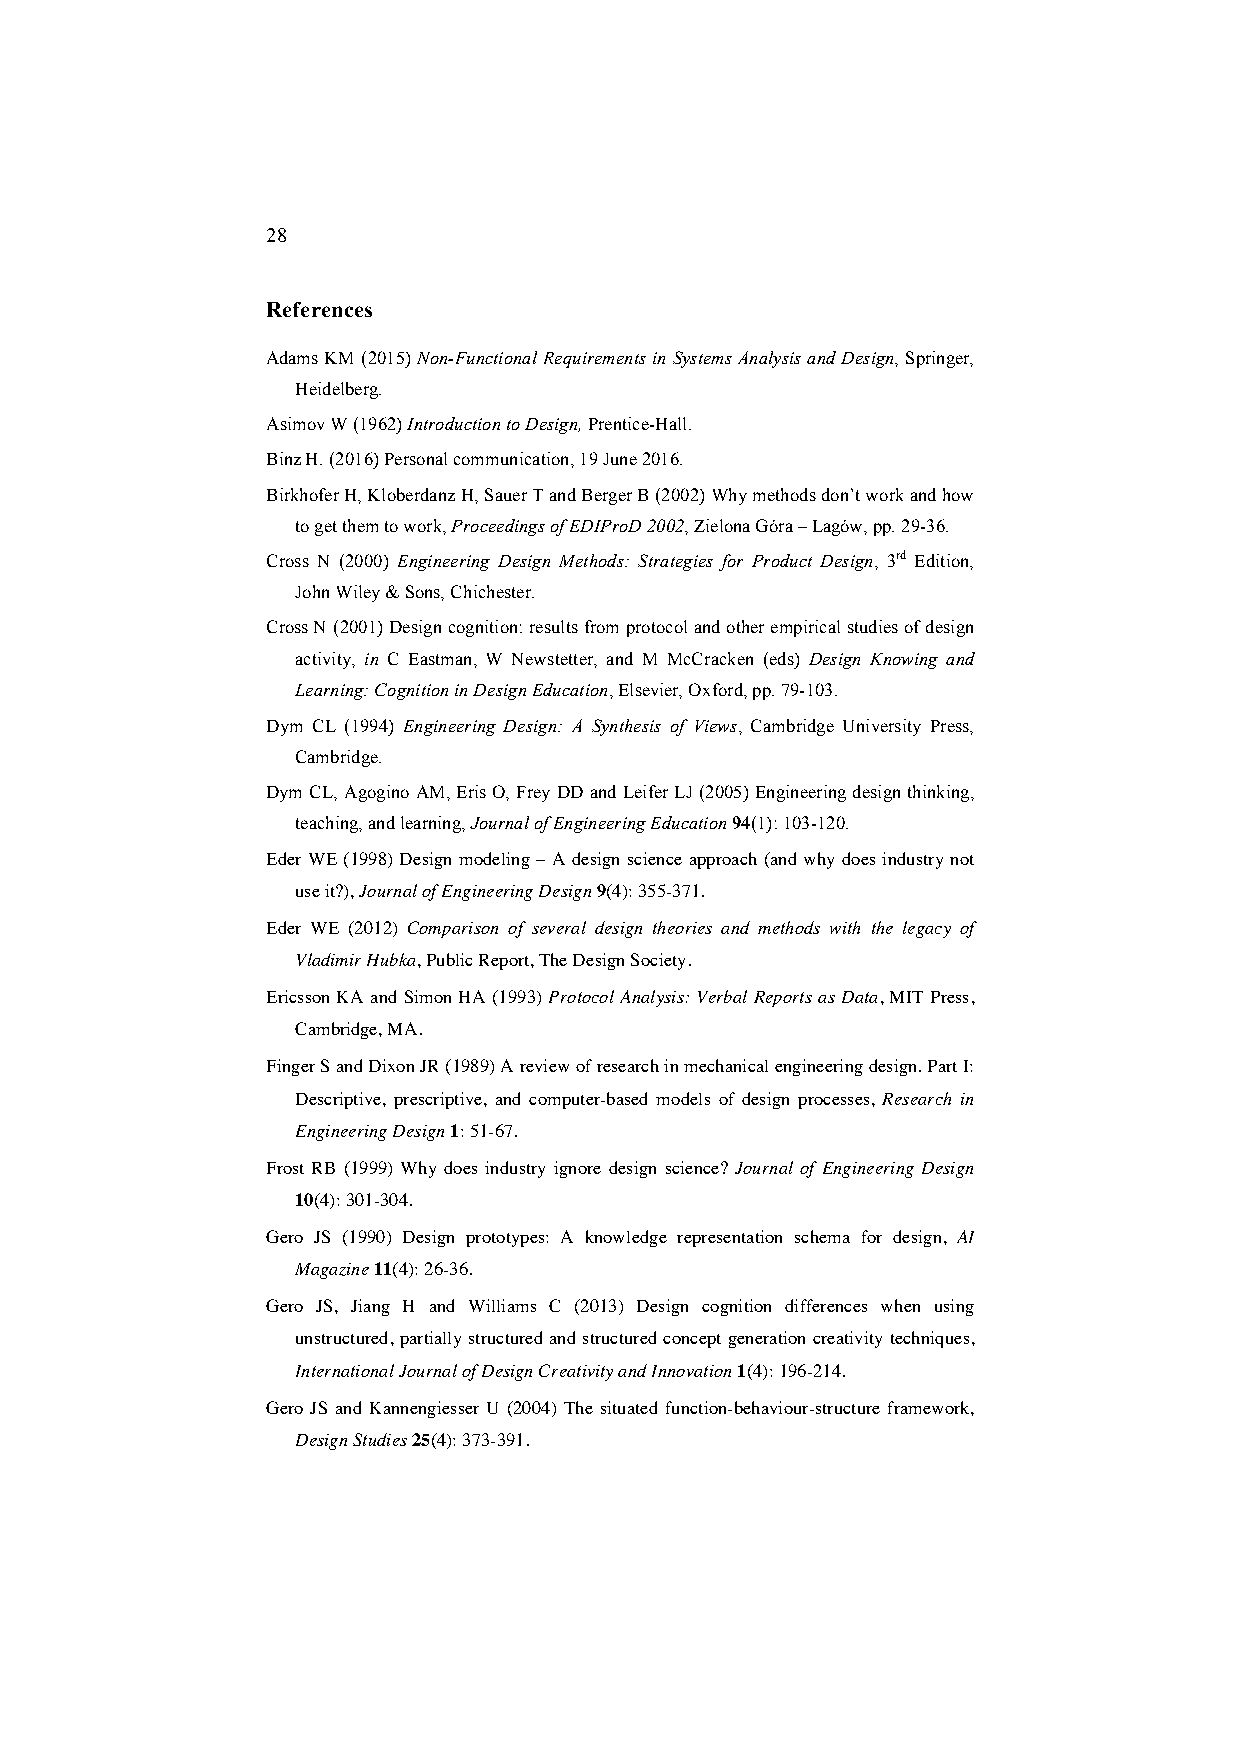
28
 References
 Adams KM (2015) Non-Functional Requirements in Systems Analysis and Design, Springer,
 Heidelberg.
 Asimov W (1962) Introduction to Design, Prentice-Hall.
 Binz H. (2016) Personal communication, 19 June 2016.
 Birkhofer H, Kloberdanz H, Sauer T and Berger B (2002) Why methods don’t work and how
 to get them to work, Proceedings of EDIProD 2002, Zielona Góra – Lagów, pp. 29-36.
 Cross N (2000) Engineering Design Methods: Strategies for Product Design, 3rd Edition,
 John Wiley & Sons, Chichester.
 Cross N (2001) Design cognition: results from protocol and other empirical studies of design
 activity, in C Eastman, W Newstetter, and M McCracken (eds) Design Knowing and
 Learning: Cognition in Design Education, Elsevier, Oxford, pp. 79-103.
 Dym CL (1994) Engineering Design: A Synthesis of Views, Cambridge University Press,
 Cambridge.
 Dym CL, Agogino AM, Eris O, Frey DD and Leifer LJ (2005) Engineering design thinking,
 teaching, and learning, Journal of Engineering Education 94(1): 103-120.
 Eder WE (1998) Design modeling – A design science approach (and why does industry not
 use it?), Journal of Engineering Design 9(4): 355-371.
 Eder WE (2012) Comparison of several design theories and methods with the legacy of
 Vladimir Hubka, Public Report, The Design Society.
 Ericsson KA and Simon HA (1993) Protocol Analysis: Verbal Reports as Data, MIT Press,
 Cambridge, MA.
 Finger S and Dixon JR (1989) A review of research in mechanical engineering design. Part I:
 Descriptive, prescriptive, and computer-based models of design processes, Research in
 Engineering Design 1: 51-67.
 Frost RB (1999) Why does industry ignore design science? Journal of Engineering Design
 10(4): 301-304.
 Gero JS (1990) Design prototypes: A knowledge representation schema for design, AI
 Magazine 11(4): 26-36.
 Gero JS, Jiang H and Williams C (2013) Design cognition differences when using
 unstructured, partially structured and structured concept generation creativity techniques,
 International Journal of Design Creativity and Innovation 1(4): 196-214.
 Gero JS and Kannengiesser U (2004) The situated function-behaviour-structure framework,
 Design Studies 25(4): 373-391.